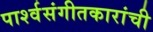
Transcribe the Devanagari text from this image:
पार्श्वसंगीतकारांची